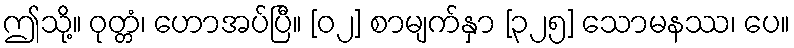
ဤသို့။ ဝုတ္တံ၊ ဟောအပ်ပြီ။ [၀၂] စာမျက်နှာ [၃၂၅] သောမနဿ၊ ပေ။